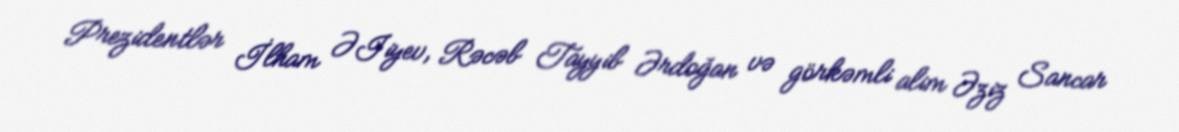
Prezidentlər İlham ƏIiyev, Rəcəb Tayyib Ərdoğan və görkəmli alim Əziz Sancar